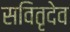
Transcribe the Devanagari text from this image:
सवितृदेव